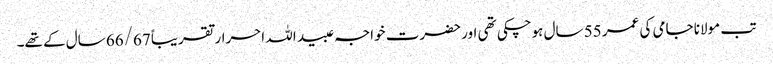
تب مولانا جامی کی عمر 55 سال ہوچکی تھی اور حضرت خواجہ عبید اللہ احرار تقریباً 66/67 سال کے تھے۔